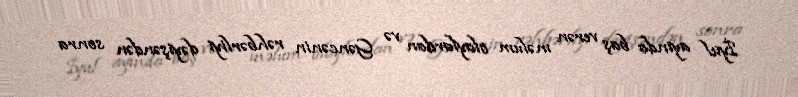
İyul ayında baş verən məlum olaylardan və Gəncənin rəhbərliyi dəyişəndən sonra